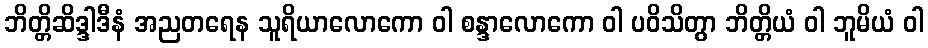
ဘိတ္တိဆိဒ္ဒါဒီနံ အညတရေန သူရိယာလောကော ဝါ စန္ဒာလောကော ဝါ ပဝိသိတွာ ဘိတ္တိယံ ဝါ ဘူမိယံ ဝါ